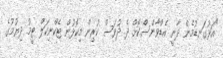
"އަޅުގަނޑުމެން ދާނީ އެޑްވާންސްކޮށް ދެ ދުވަސް ކުރިން މިކޮޅުން ޓެކްނިކަލް ޓީމު ދިޔުމުގެ